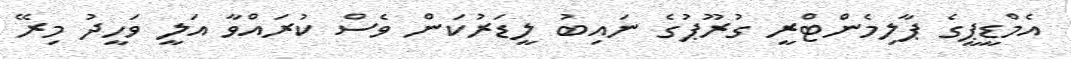
އެމްޑީޕީގެ ޕާލިމެންޓްރީ ގުރޫޕުގެ ނައިބު ލީޑަރުކަން ވެސް ކުރައްވާ އަލީ ވަހީދު މިރޭ